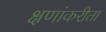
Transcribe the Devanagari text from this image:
क्षणांकरीता